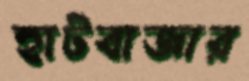
হাটবাজার